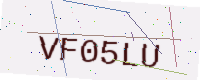
Text: VF05LU